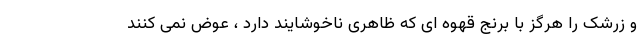
و زرشک را هرگز با برنج قهوه ای که ظاهری ناخوشایند دارد ، عوض نمی کنند